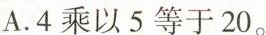
A.4乘以5等于20.